Vital statistics of India. Vol. IV, Annual returns from 1871 to 1876. British Army of India, Native Army and jails of Bengal
Year: 1871
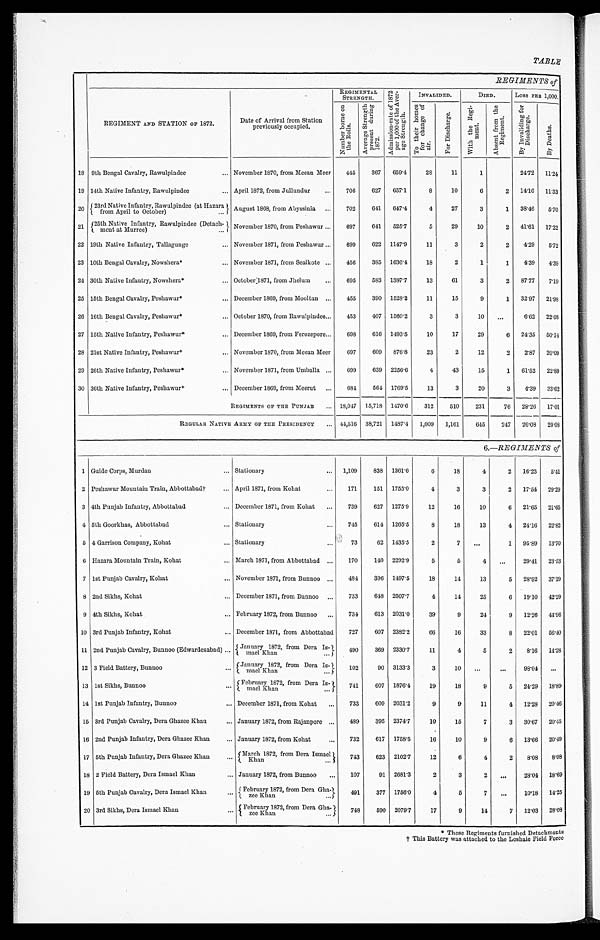
REGIMENTS OF
REGIMENT AND STATION OF 1872.
Date of Arrival from Station
previously occupied.
REGIMENTAL
STRENGTH
N u m b e r b o r n e o n t h e R o l l s .
INVALIDED.
D I E D .
Loss PER 1,000.
A v e r a g e s t r e n g t h p r e s e n t d u r i n g 1 8 7 2 .
A d m i s s i o n - r a t e o f 1 8 7 2 p e r 1 , 0 0 0 o f t h e A v e r - a g e S t r e n g t h .
T o t h i e r h o m e s f o r c h a n g e o f a i r .
F o r D i s c h a r g e .
W i t h t h e R e g i - m e n t .
A b s e n t f r o m t h e R e g i m e n t .
B y I n v a l i d i n g f o r D i s c h a r g e .
By De a t hs .
18 9th Bengal Cavalry, Rawulpindee . . .
November 1870, from Meean Meer
445
367 659.4
28
11
1
24.72 1 1 . 2 4
19 14th Native Infantry, Rawulpindee . . .
April 1872, from Jullundur . . .
706
627 657.1
8
10
6
2 14.16 1 1 . 3 3
20 23rd Native Infantry, Rawulpindee (at Hazara
from April to October) . . .
August 1868, from Abyssinia . . .
702
641 647.4
4
27
3
1 38.46 5 . 7 0
21 25t
h Native Infantry, Rawulpindee (Detach-ment at Murree) . . . November 1870, from Peshawur . . .
697
641 525.7
5
29
10
2 41.61 1 7 . 2 2
22 19th Native Infantry, Tallagunge . . .
November 1871, from Peshawur . . .
699
622 1147.9
11
3
2
2
4.29 5 . 7 2
23 10th Bengal Cavalry, Nowshera * . . .
November 1871, from Sealkote . . .
456
385 1636.4
18
2
1
1
4.39 4 . 3 9
24 30th Native Infantry, Nowshere* . . .
October 1871, from Jhelum . . .
695
583 1387.7
13
61
3
2 87.77 7 . 1 9
25 15th Bengal Cavalry, Peshawur* . . .
December 1869, from Mooltan . . .
455
390 1528.2
11
15
9
1 32.97 2 1 . 9 8
26 16th Bengal Cavalry, Peshawur* . . .
October 1870, from Rawulpindee . . .
453
407 1560.2
3
3
10
. . .
6.62 22. 08
27 15th Native Infantry, Peshawur* . . .
December 1869, from Ferozepore . . .
698
616 1493.5
10
17
29
6 24.35 50.14
28 21st Native Infantry, Peshawur* . . .
November 1870, from Meean Meer . . .
697
609 876.8
23
2
12
2
2.87 20. 09
29 26th Native Infantry, Peshawur* . . .
November 1871, from Umballa . . .
699
639 2256.6
4
43
15
1 61.52 22. 89
30 36th Native Infantry, Peshawur* . . .
December 1869, from Meerut . . .
684
564 1769.5
13
3
20
3
4.39
33. 62
REGIMENTS OF THE PUNJAB . . . 18,047 15,718 1470.6
312
510
231
76 28.26 17. 01
REGULAR NATIVE ARMY OF THE PRESIDENCY
44,516 38,721 1487.4 1,009 1,161
645
247 26.08 20. 08
6 .—
R E G I M E N T S o f
1 Guide Corps, Murdan . . .
Stationary . . .
1,109
838 1361.6
6
18
4
2 16.23
5 . 4 1
2 Peshawur Mountain Train, Abbottabad† . . .
April 1871, from Kohat . . .
171
151 1755.0
4
3
3
2 17.54 29. 29
3 4th Punjab Infantry, Abbottabad . . .
December 1871, from Kohat . . .
739
627 1275.9
12
16
10
6 21.65 21. 65
4 5th Goorkhas, Abbottabad . . .
Stationary . . .
745
614 1265.5
8
18
13
4 24.16 22. 82
5 4 Garrison Company, Kohat . . .
Stationary . . .
73
62 1435.5
2
7
. . .
1 95.89 13. 70
6 Hazara Mountain Train, Kohat . . .
March 1871, from Abbottabad . . .
170
140 2292.9
5
5
4
. . .
29.41 23.53
7 1st Punjab Cavalry, Kohat . . .
November 1871, from Bunnoo . . .
484
396 1497.5
18
14
13
5 28.92 37. 19
8 2nd Sikhs, Kohat . . .
December 1871, from Bunnoo . . .
733
648 2507.7
4
14
25
6 19.10 42. 29
9 4th Sikhs, Kohat . . .
February 1872, from Bunnoo . . .
734
613 2031.0
39
9
24
9 12.26 44. 96
10 3rd Punjab Infantry, Kohat . . .
December 1871, from Abbottabad . . .
727
607 2382.2
66
16
33
8 22.01 56. 40
11 2nd Punjab Cavalry, Bunnoo (Edwardesabad) . . . January
1872, from Dera Is-mael Khan . . .
490
369 2330.7
11
4
5
2
8.16 14. 28
12 3 Field Battery, Bunnoo . . .
January 1872, from Dera Is-mael Khan . . .
1 0 2
90 3133.3
3
10
. . . . . .
98.04
. . .
13 1st Sikhs, Bunnoo . . .
February 1872, from Dera Is-mael Khan . . .
741
607 1876.4
19
18
9
5 24.29 18. 89
14 1st Punjab Infantry, Bunnoo . . .
December 1871, from Kohat . . .
733
609 2031.2
9
9
11
4 12.28 20. 46
15 3rd Punjab Cavalry, Dera Ghazee Khan . . .
January 1872, from Rajanpore . . .
489
395 2374.7
10
15
7
3 30.67 20. 45
16 2nd Punjab Infantry, Dera Ghazee Khan . . .
January 1872, from Kohat . . .
732
617 1758.5
16
10
9
6 13.66 20. 49
17 5th Punjab Infantry, Dera Ghazee Khan . . .
March 1872, from Dera Ismael
Khan . . .
743
623 2102.7
12
6
4
2
8.08 8 . 0 8
18 2 Field Battery, Dera Ismael Khan . . .
January 1872, from Bunnoo . . .
107
91 2681.3
2
3
2
. . .
28.04 18.69
19 5th Punjab Cavalry, Dera Ismael Khan . . .
Febr uar y 1872 f r om Der a Gha- zee Khan . . .
491
377 1756.0
4
5
7
. . .
10.18 14. 25
20 3rd Sikhs, Dera Ismael Khan . . .
February 1872, from Dera Gha-zee Khan . . .
748
590 2079.7
17
9
14
7 12.03 28. 08
t